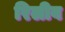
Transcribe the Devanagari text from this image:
रिलीव